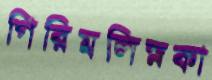
গিরিমলিস্নকা